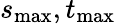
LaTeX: s_{\mathrm{max}},t_{\mathrm{max}}